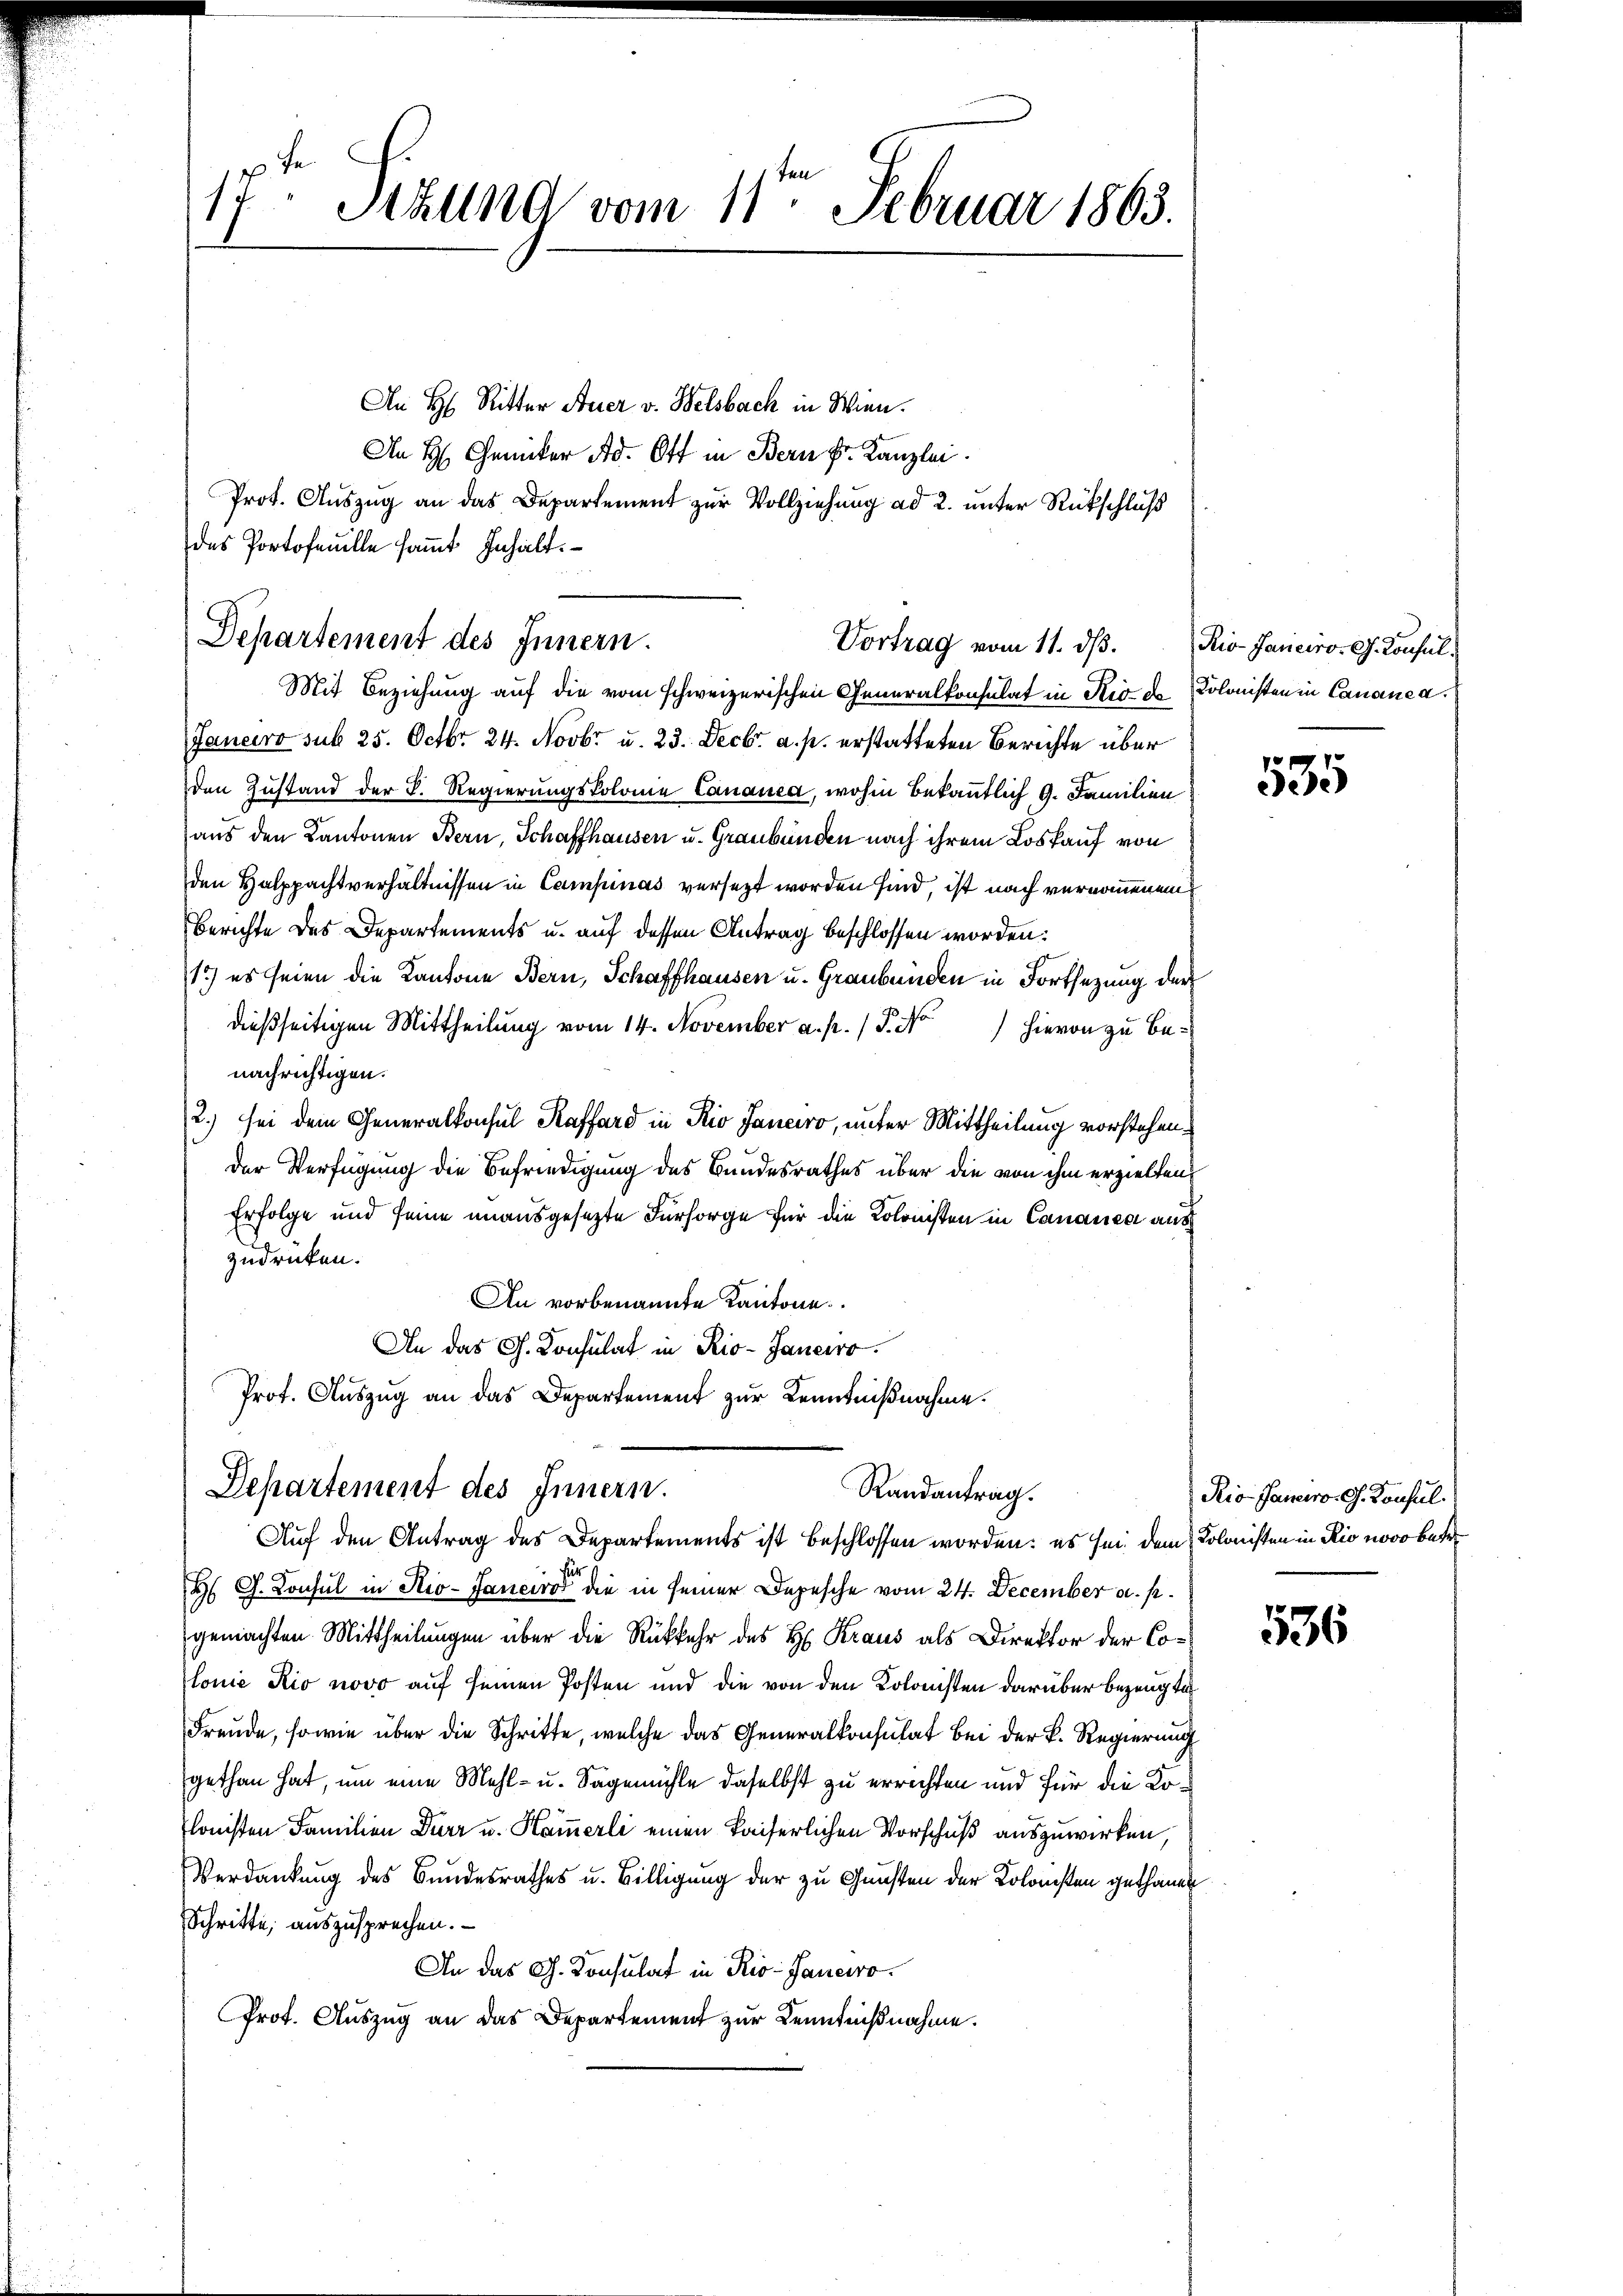
17. Ställnd vom 11. Februar 1863.

An H. Ritter Auer v. Belsbach in Wien.
An H. Chemiker Ad. Ott in Bern Fr. Kanzlei.
Prot. Auszug an das Departement zur Vollziehung ad 2. unter Rückschluß
des Portofeuille samt Inhalt

Departement des Innern.
Vortrag vom 11. dβ. Riv-Janeiro- G. Konsul¬

Mit Beziehung auf die vom schweizerischen Generalkonsulat in Rio der Kolonisten in Cananea.
Janeiro sub 25. Octbr. 24. Novbr. u. 23. Decbr. a. p. erstatteten Berichte über
den Zustand der B. Regierungskolome Canauca, wohin bekanntlich 9. Familien
aus den Kantonen Bern, Schaffhausen u. Graubünden nach ihrem Loskauf von
den Halppachtverhältnissen in Campinas versezt worden sind, ist nach vernommenen
Berichte des Departements u. auf dessen Antrag beschlossen worden:
1) es seien die Kantone Bern, Schaffhausen u. Graubünden in Fortsetzung der
dießseitigen Mittheilung vom 14. November a. p. / P. No hievon zu benachrichtigen.
2.) sei dem Generalkonsul Kaffard in Rio Janeiro, unter Mittheilung vorstehender Verfügung die Befriedigung des Bundesrathes über die von ihm erzielten,
Erfolge und seine unausgesetzte Fürsorge für die Kolonisten in Cananea aus
zudrücken.
An vorbenannte Kantone
An das G. Consulat in Rio- Janeiro
Prof. Auszug an das Departement zur Kenntnißnahme.

Departement des Innern.
Randantrag.
Auf den Antrag des Departements ist beschlossen worden: es sei dem Kolonisten in Rio novo betr

.
H G. Consul in Rio-Janeiro die in seiner Depesche vom 24. December a. p.
gemachten Mittheilungen über die Rückkehr des H. Kraus als Direktor der Colonie Rio novo auf seinen Posten und die von den Kolonisten darüber bezeugte
Freude, sowie über die Schritte, welche das Generalkonsulat bei der K. Regierung
gethan hat, um eine Mehl- u. Sagmühle daselbst zu errechten und für die Kolonisten Familien Dürr u. Hammerli einen Kaiserlichen Vorschuß auszuwirken,
Verdankung des Bundesrathes u. Billigung der zu Gunsten der Kolonisten gethanen
Schritte, auszusprechen.
An das G. Konsulat in Rio-Janeiro
Prot. Auszug an das Departement zur Kenntnißnahme.

535

Rio. Janeiro- G. Konsul

536